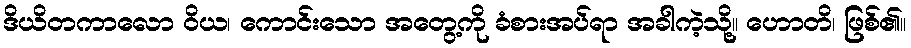
ဒိယိတကာလော ဝိယ၊ ကောင်းသော အတွေ့ကို ခံစားအပ်ရာ အခါကဲ့သို့။ ဟောတိ၊ ဖြစ်၏။